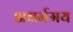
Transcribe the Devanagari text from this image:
अधर्ममय